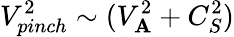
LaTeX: V_{pinch}^{2}\sim(V_{\mathbf{A}}^{2}+C_{S}^{2})